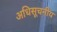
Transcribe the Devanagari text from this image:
अधिसूचनीय